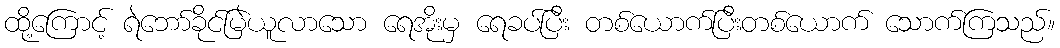
ထို့ကြောင့် ရဲဘော်ခိုင်မြဲယူလာသော ရေအိုးမှ ရေခပ်ပြီး တစ်ယောက်ပြီးတစ်ယောက် သောက်ကြသည်။